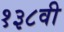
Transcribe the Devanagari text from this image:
१३८वी